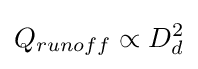
Q_{runoff}\propto D_{d}^{2}